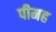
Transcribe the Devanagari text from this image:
पीमह